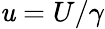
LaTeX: \mathit{u}=U/\gamma